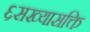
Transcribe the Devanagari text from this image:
६सख्यासक्ति